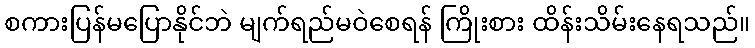
စကားပြန်မပြောနိုင်ဘဲ မျက်ရည်မဝဲစေရန် ကြိုးစား ထိန်းသိမ်းနေရသည်။